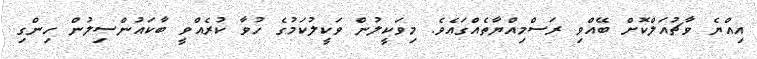
އިއްޔެ ވާޗުއަލްކޮށް ބޭއްވި ރަސްމިއްޔާތެއްގައެވެ. މިވަކީލުން ވަކީލުކަމުގެ ހުވާ ކުރެއްވީ ބާކައުންސިލުން ހިންގި